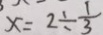
x = 2 \div \frac { 1 } { 3 }